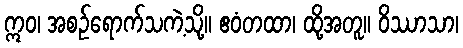
ဣဝ၊ အစဉ်ရောက်သကဲ့သို့။ ဧဝံတထာ၊ ထို့အတူ။ ဝိဿာသာ၊